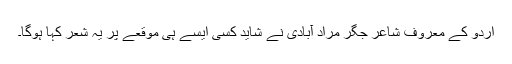
اردو کے معروف شاعر جگر مراد آبادی نے شاید کسی ایسے ہی موقعے پر یہ شعر کہا ہوگا۔